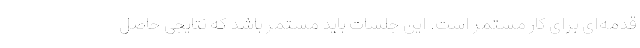
قدمه‌ای برای کار مستمر است. این جلسات باید مستمر باشد که نتایجی حاصل